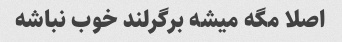
اصلا مگه میشه برگرلند خوب نباشه